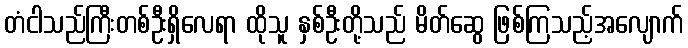
တံငါသည်ကြီးတစ်ဦးရှိလေရာ ထိုသူ နှစ်ဦးတို့သည် မိတ်ဆွေ ဖြစ်ကြသည့်အလျောက်